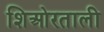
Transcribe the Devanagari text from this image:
शिओरताली